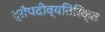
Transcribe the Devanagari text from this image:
द्रौपदीव्यतिरिक्त